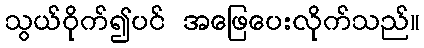
သွယ်ဝိုက်၍ပင် အဖြေပေးလိုက်သည်။